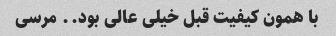
با همون کیفیت قبل خیلی عالی بود.. مرسی